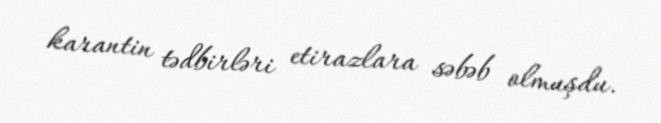
karantin tədbirləri etirazlara səbəb olmuşdu.